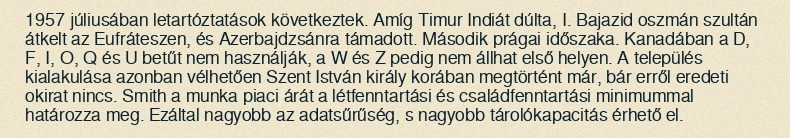
1957 júliusában letartóztatások következtek. Amíg Timur Indiát dúlta, I. Bajazid oszmán szultán átkelt az Eufráteszen, és Azerbajdzsánra támadott. Második prágai időszaka. Kanadában a D, F, I, O, Q és U betűt nem használják, a W és Z pedig nem állhat első helyen. A település kialakulása azonban vélhetően Szent István király korában megtörtént már, bár erről eredeti okirat nincs. Smith a munka piaci árát a létfenntartási és családfenntartási minimummal határozza meg. Ezáltal nagyobb az adatsűrűség, s nagyobb tárolókapacitás érhető el.